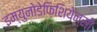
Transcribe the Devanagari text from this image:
इम्युनोडेफ़िशियेन्सी